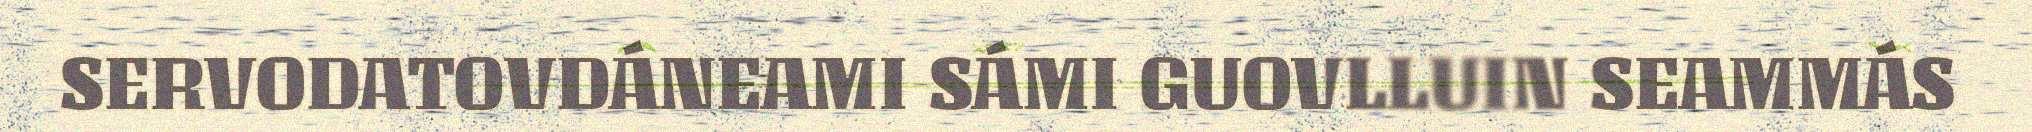
SERVODATOVDÁNEAMI SÁMI GUOVLLUIN SEAMMÁS